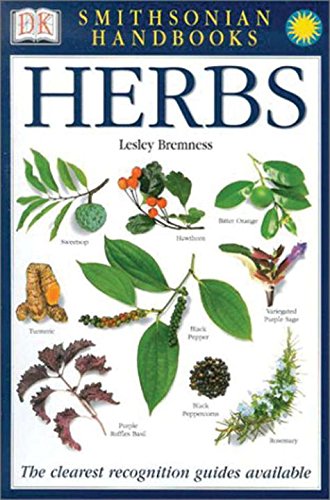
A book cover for Smithsonian Handbooks: Herbs (Smithsonian Handbooks); Lesley Bremness; Cookbooks, Food & Wine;